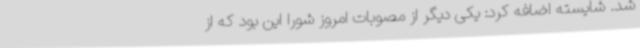
شد. شایسته اضافه کرد: یکی دیگر از مصوبات امروز شورا این بود که از